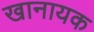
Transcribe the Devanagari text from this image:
खानायक